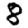
Digit: 8